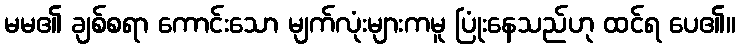
မမ၏ ချစ်စရာ ကောင်းသော မျက်လုံးများကမူ ပြုံးနေသည်ဟု ထင်ရ ပေ၏။